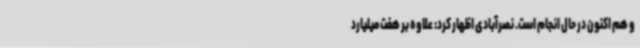
و هم اکنون در حال انجام است. نصرآبادی اظهار کرد: علاوه بر هفت میلیارد